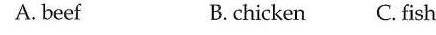
A. beef B.chicken C. fish